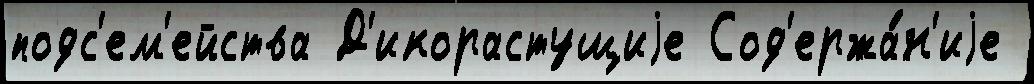
подс'ем'ейства Д'икорастущиjе Сод'ержа́н'иjе